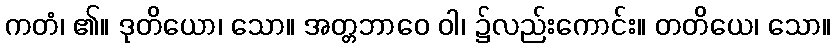
ကတံ၊ ၏။ ဒုတိယော၊ သော။ အတ္တဘာဝေ ဝါ၊ ၌လည်းကောင်း။ တတိယေ၊ သော။